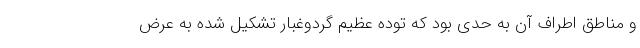
و مناطق اطراف آن به حدی بود که توده عظیم گردوغبار تشکیل شده به عرض